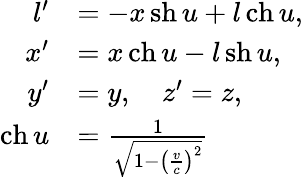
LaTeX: {\begin{array}{rl}{l^{\prime}}&{=-x\operatorname{sh}u+l\operatorname{ch}u,}\\ {x^{\prime}}&{=x\operatorname{ch}u-l\operatorname{sh}u,}\\ {y^{\prime}}&{=y,\quad z^{\prime}=z,}\\ {\operatorname{ch}u}&{={\frac{1}{\sqrt{1-\left({\frac{v}{c}}\right)^{2}}}}}\end{array}}